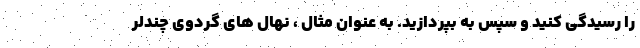
را رسیدگی کنید و سپس به بپردازید. به عنوان مثال ، نهال های گردوی چندلر